Civil Veterinary Department Bihar & Orissa reports 1911-21 - 1911-1921
Year: 1911
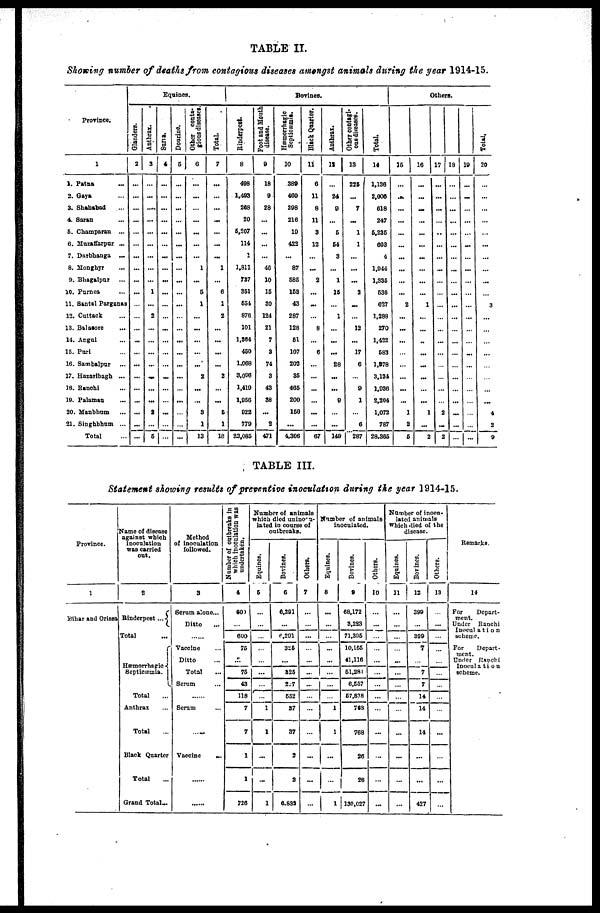
TABLE II.
Showing number of deaths from contagious diseases amongst animals during the year 1914-15.
Province.
1
1. Patna
2. Gaya
3. Shahabad
4. Sarin
6. Champaran
...
6. Mazatfarpur ...
7. Datbhanga
...
8.Monghye
9. Bhagalpur
10. Purnca
11. 8antsl Pargonae
12. Cuttack
13. Bilatore
14. Angal
15. Puri
16. Sambalpar
17.Hazaribagh ...
18. Ranchi
I9. Palaman
20. Manbhum
21. Singhbhum ...
Total
Equines.
Glanders.
2
...
...
...
...
...
...
...
...
...
...
...
...
...
...
...
...
...
...
...
...
...
...
Anthrax.
3
...
...
...
...
...
...
...
...
...
1
...
2
...
...
...
...
...
...
...
3
...
5
Suria.
4
...
...
...
...
...
...
...
...
...
...
...
...
...
...
...
...
...
...
...
...
...
...
Dourine.
5
...
...
...
...
...
...
...
...
...
...
...
...
...
...
...
...
...
...
...
...
...
...
Other conta-
gious diseases.
6
...
...
...
...
...
...
...
1
...
5
1
...
...
...
...
...
2
...
...
3
1
13
Total.
7
...
...
...
...
...
...
...
1
...
6
1
2
...
...
...
...
2
...
...
6
1
18
Bovines.
Rinderpest.
8
488
1,403
263
20
6.207
114
1
1,811
737
351
651
876
101
1,364
450
1.068
3.006
1,410
1,050
022
779
23,085
Foot and Mouth
disease.
9
18
0
28
...
...
...
...
40
10
16
30
124
21
7
3
74
3
43
38
...
2
471
Hæmorrhagic
Septicæmia.
10
380
400
298
210
10
422
...
87
686
153
43
287
128
61
107
203
36
406
200
150
...
4.306
Black Quarter.
11
6
11
8
11
3
12
...
...
2
...
...
...
8
...
6
...
...
...
...
...
...
67
Anthrax.
12
...
24
0
...
5
64
3
...
1
16
...
1
...
...
...
28
...
...
9
...
...
140
Other conta-
gious diseases.
13
226
...
7
...
1
1
...
...
...
2
...
...
12
...
17
0
...
9
1
...
6
287
Total.
14
1,136
2,000
618
247
6.236
603
4
1,044
1,336
636
627
1,289
270
1.422
683
1,878
3,134
1,030
2,204
1,072
787
28,306
Others.
15
...
...
...
...
...
...
...
...
...
...
2
...
...
...
...
...
...
...
...
1
2
6
16
...
...
...
...
...
...
...
...
...
...
1
...
...
...
...
...
...
...
1
...
2
17
...
...
...
...
...
...
...
...
...
...
...
...
...
...
...
...
...
...
...
2
...
2
18
...
...
...
...
...
...
...
...
...
...
...
...
...
...
...
...
...
...
...
...
...
...
19
...
...
...
...
...
...
...
...
...
...
...
...
...
...
...
...
...
...
...
...
...
...
Total.
20
...
...
...
...
...
...
...
...
...
...
3
...
...
...
...
...
...
...
...
4
2
9
TABLE III.
Statement showing results of preventive inoculation during the year 1914-15.
Province.
1
Bihar and Orissa
Name of disease
against which
inoculation
was carried
out.
2
Rinderpest ...
Total
Hæmorrhagic
Septicæmia.
Total ...
Anthrax...
Total...
Black Quarter
Total...
Grand Total..
Method
of inoculation
followed.
3
Serum alone...
Ditto...
...
Vaccine...
Ditto...
Total...
Scrum...
Scrum
.....
Vaccine
...
...
...
Number of outbreaks
which inoculation was
undertaken.
4
609
600
75
...
76
43
118
7
7
1
1
726
Number of animals
whichdied uniocu-
lated in course of
outbreaks.
Equines.
5
...
...
...
...
...
...
...
...
1
1
...
...
1
Bovines.
6
6,291
...
6.201
326
325
267
652
37
37
2
2
6.833
Others.
7
...
...
...
...
...
...
...
...
...
...
...
...
...
Number of animals
inoculated.
Equines.
8
...
...
...
...
...
...
1
1
1
Bovines.
9
68.172
3,223
71,306
10,105
41,116
61,281
8,657
67,838
763
768
26
26
130,027
Others.
10
...
...
...
...
...
...
...
...
...
...
...
...
...
Number of inocu-
lated animals
which died of the
disease.
Equines.
11
...
...
...
...
...
...
...
...
...
...
...
...
...
Bovines.
12
399
...
309
7
...
7
...
14
14
14
...
...
427
Others.
13
...
...
...
...
... ...
...
...
...
...
...
...
...
...
Remarks.
14
For
Depart-
ment.
Under Ranchi
Inocculation
Scheme.
For
Depart-
ment.
Under Ranchi
Inocculation
scheme.